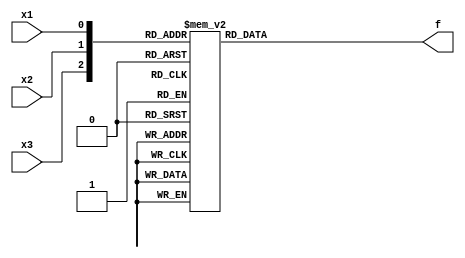
module top_module( 
    input x3,
    input x2,
    input x1,  // three inputs
    output f   // one output
);

    always @(*) begin
        case ({x3,x2,x1})
            3'b000: f = 0;
            3'b001: f = 0;
            3'b010: f = 1;
            3'b011: f = 1;
            3'b100: f = 0;
            3'b101: f = 1;
            3'b110: f = 0;
            3'b111: f = 1;
            default: f = 0;
        endcase
    end

endmodule